Report of the Indian Hemp Drugs Commission, 1894-1895 - Volume IV
Year: 1894
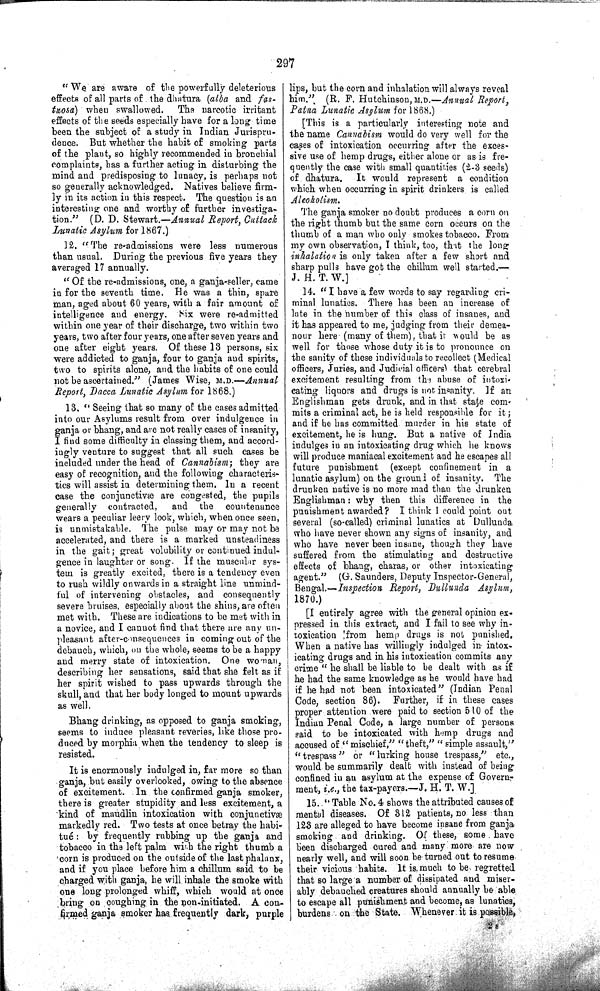
297
"We are aware of the powerfully deleterious
effects of all parts of the dhatura (alba and fas-
tuosa) when swallowed. The narcotic irritant
effects of the seeds especially have for a long time
been the subject of a study in Indian Jurispru-
dence. But whether the habit of smoking parts
of the plant, so highly recommended in bronchial
complaints, has a further acting in disturbing the
mind and predisposing to lunacy, is perhaps not
so generally acknowledged. Natives believe firm-
ly in its action in this respect. The question is an
interesting one and worthy of further investiga-
tion." (D. D. Stewart.—Annual Report, Cuttack
Lunatic Asylum for 1867.)
12. "The re-admissions were less numerous
than usual. During the previous five years they
averaged 17 annually.
"Of the re-admissions, one, a ganja-seller, came
in for the seventh time. He was a thin, spare
man, aged about 60 years, with a fair amount of
intelligence and energy. Six were re-admitted
within one year of their discharge, two within two
years, two after four years, one after seven years and
one after eight years. Of these 13 persons, six
were addicted to ganja, four to ganja and spirits,
two to spirits alone, and the habits of one could
not be ascertained." (James Wise, M.D.—Annual
Report, Dacca Lunatic Asylum for 1868.)
13. "Seeing that so many of the cases admitted
into our Asylums result from over indulgence in
ganja or bhang, and are not really cases of insanity,
I find some difficulty in classing them, and accord-
ingly venture to suggest that all such cases be
included under the head of Cannabism; they are
easy of recognition, and the following characteris-
tics will assist in determining them. In a recent
case the conjunctivæ are congested, the pupils
generally contracted,
and the countenance
wears a peculiar leery look, which, when once seen,
is unmistakable. The pulse may or may not be
accelerated, and there is a marked unsteadiness
in the gait; great volubility or continued indul-
gence in laughter or song. If the muscular sys-
tem is greatly excited, there is a tendency even
to rush wildly onwards in a straight line unmind-
ful of intervening obstacles, and consequently
severe bruises, especially about the shins, are often
met with. These are indications to be met with in
a novice, and I cannot find that there are any un-
pleasant after-consequences in coming out of the
debauch, which, on the whole, seems to be a happy
and merry state of intoxication. One woman,
describing her sensations, said that she felt as if
her spirit wished to pass upwards through the
skull, and that her body longed to mount upwards
as well.
Bhang drinking, as opposed to ganja smoking,
seems to induce pleasant reveries, like those pro-
duced by morphia when the tendency to sleep is
resisted.
It is enormously indulged in, far more so than
ganja, but easily overlooked, owing to the absence
of excitement. In the confirmed ganja smoker,
there is greater stupidity and less excitement, a
kind of maudlin intoxication with conjunctivæ
markedly red. Two tests at once betray the habi-
tué: by frequently rubbing up the ganja and
tobacco in the left palm with the right thumb a
corn is produced on the outside of the last phalanx,
and if you place before him a chillum said to be
charged with ganja, he will inhale the smoke with
one long prolonged whiff, which would at once
bring on coughing in the non-initiated. A con-
firmed ganja smoker has frequently dark, purple
lips, but the corn and inhalation will always reveal
him."
(R. F. Hutchinson, M.D.—Annual Report,
Patna Lunatic Asylum for 1868.)
[This is a particularly interesting note and
the name Cannabism would do very well for the
cases of intoxication occurring after the exces-
sive use of hemp drugs, either alone or as is fre-
quently the case with small quantities (2-3 seeds)
of dhatura.
It would represent a condition
which when occurring in spirit drinkers is called
Alcoholism.
The ganja smoker no doubt produces a corn on
the right thumb but the same corn occurs on the
thumb of a man who only smokes tobacco. From
my own observation, I think, too, that the long
inhalation is only taken after a few short and
sharp pulls have got the chillum well started.—
J. H. T. W.]
14. "I have a few words to say regarding cri-
minal lunatics. There has been an increase of
late in the number of this class of insanes, and
it has appeared to me, judging from their demea-
nour here (many of them), that it would be as
well for those whose duty it is to pronounce on
the sanity of these individuals to recollect (Medical
officers, Juries, and Judicial officers) that cerebral
excitement resulting from the abuse of intoxi-
cating liquors and drugs is not insanity. If an
Englishman gets drunk, and in that state com-
mits a criminal act, he is held responsible for it;
and if he has committed murder in his state of
excitement, he is hung. But a native of India
indulges in an intoxicating drug which he knows
will produce maniacal excitement and he escapes all
future punishment (except confinement in a
lunatic asylum) on the ground of insanity. The
drunken native is no more mad than the drunken
Englishman: why then this difference in the
punishment awarded? I think I could point out
several (so-called) criminal lunatics at Dullunda
who have never shown any signs of insanity, and
who have never been insane, though they have
suffered from the stimulating and destructive
effects of bhang, charas, or other intoxicating
agent." (G. Saunders, Deputy Inspector-General,
Bengal.—Inspection Report, Dullunda Asylum,
1870.)
[I entirely agree with the general opinion ex-
pressed in this extract, and I fail to see why in-
toxication from hemp drugs is not, punished,
When a native has willingly indulged in intox-
icating drugs and in his intoxication commits any
crime "he shall be liable to be dealt with as if
he had the same knowledge as he would have had
if he had not been intoxicated" (Indian Penal
Code, section 86). Further, if in these cases
proper attention were paid to section 510 of the
Indian Penal Code, a large number of persons
said to be intoxicated with hemp drugs and
accused of "mischief," "theft," "simple assault,"
"trespass" or "lurking house trespass," etc.,
would be summarily dealt with instead of being
confined in an asylum at the expense of Govern-
ment, i.e., the tax-payers.—J. H. T. W.]
15. "Table No. 4 shows the attributed causes of
mental diseases. Of 312 patients, no less than
123 are alleged to have become insane from ganja
smoking and drinking. Of these, some have
been discharged cured and many more are now
nearly well, and will soon be turned out to resume
their vicious habits. It is much to be regretted
that so large a number of dissipated and miser-
ably debauched creatures should annually be able
to escape all punishment and become, as lunatics,
burdens on the State. Whenever it is possible,
2 S